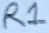
Text: R1